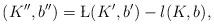
LaTeX: \begin{align*}(K'',b'') = \L(K',b') - \l(K,b),\end{align*}